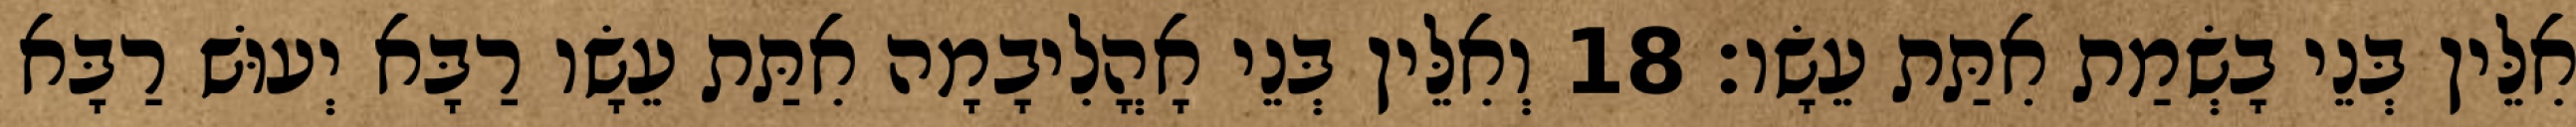
אִלֵּין בְּנֵי בָשְׂמַת אִתַּת עֵשָׂו׃ 18 וְאִלֵּין בְּנֵי אָהֳלִיבָמָה אִתַּת עֵשָׂו רַבָּא יְעוּשׁ רַבָּא